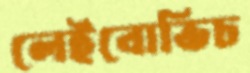
লেইবোভিচ